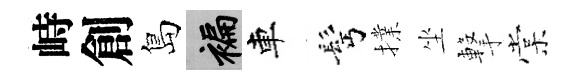
峙創島褊車髩擈坐撃棠